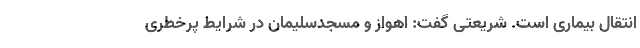
انتقال بیماری است. شریعتی گفت: اهواز و مسجدسلیمان در شرایط پرخطری